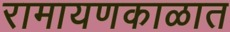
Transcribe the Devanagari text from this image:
रामायणकाळात